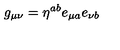
g _ { \mu \nu } = \eta ^ { a b } e _ { \mu a } e _ { \nu b }